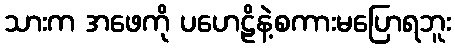
သားက အဖေကို ပဟေဠိနဲ့စကားမပြောရဘူး